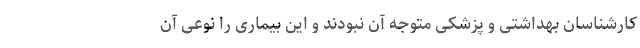
کارشناسان بهداشتی و پزشکی متوجه آن نبودند و این بیماری را نوعی آن